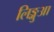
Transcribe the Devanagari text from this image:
लिङ्गुआ